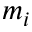
m _ { i }